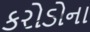
કરોડોના